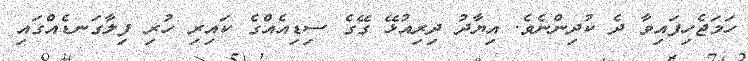
ހަމަޖެހިފައިވާ ދެ ކުދިންނެވެ. އިޔާދު ދިރިއުޅޭ ގޭގެ ސިޑިއެއްގެ ކައިރި ހުރި ފިލާގަނޑެއްގައި